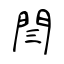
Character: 閆